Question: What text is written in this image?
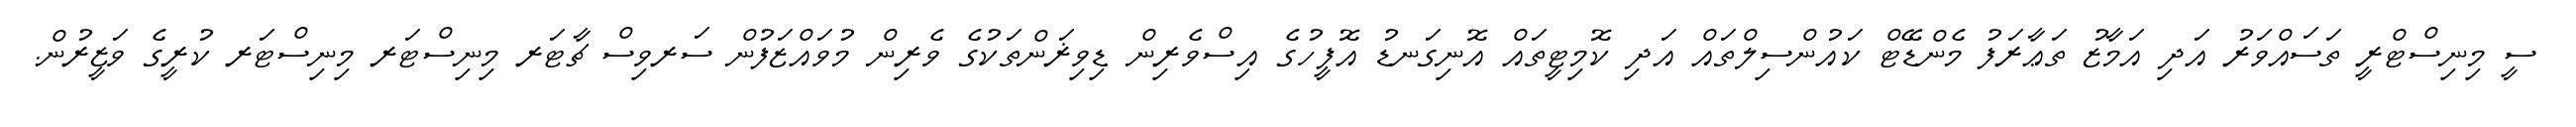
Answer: ސީ މިނިސްޓްރީ ތަސައްވަރު އަދި އަމާޒު ތަޢާރަފު މެންޑޭޓް ކައުންސިލްތައް އަދި ކޮމިޓީތައް އޮނިގަނޑު އޮފީހުގެ އިސްވެރިން ޑިވިޜަންތަކުގެ ވެރިން މުވައްޒަފުން ސަރވިސް ޗާޓަރ މިނިސްޓަރ މިނިސްޓަރ ކުރީގެ ވަޒީރުން.